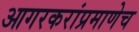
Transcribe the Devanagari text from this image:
आगरकरांप्रमाणेच